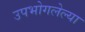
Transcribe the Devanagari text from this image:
उपभोगलेल्या